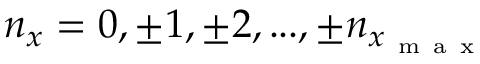
n _ { x } = 0 , \pm 1 , \pm 2 , . . . , \pm n _ { x _ { \mathrm { ~ m ~ a ~ x ~ } } }